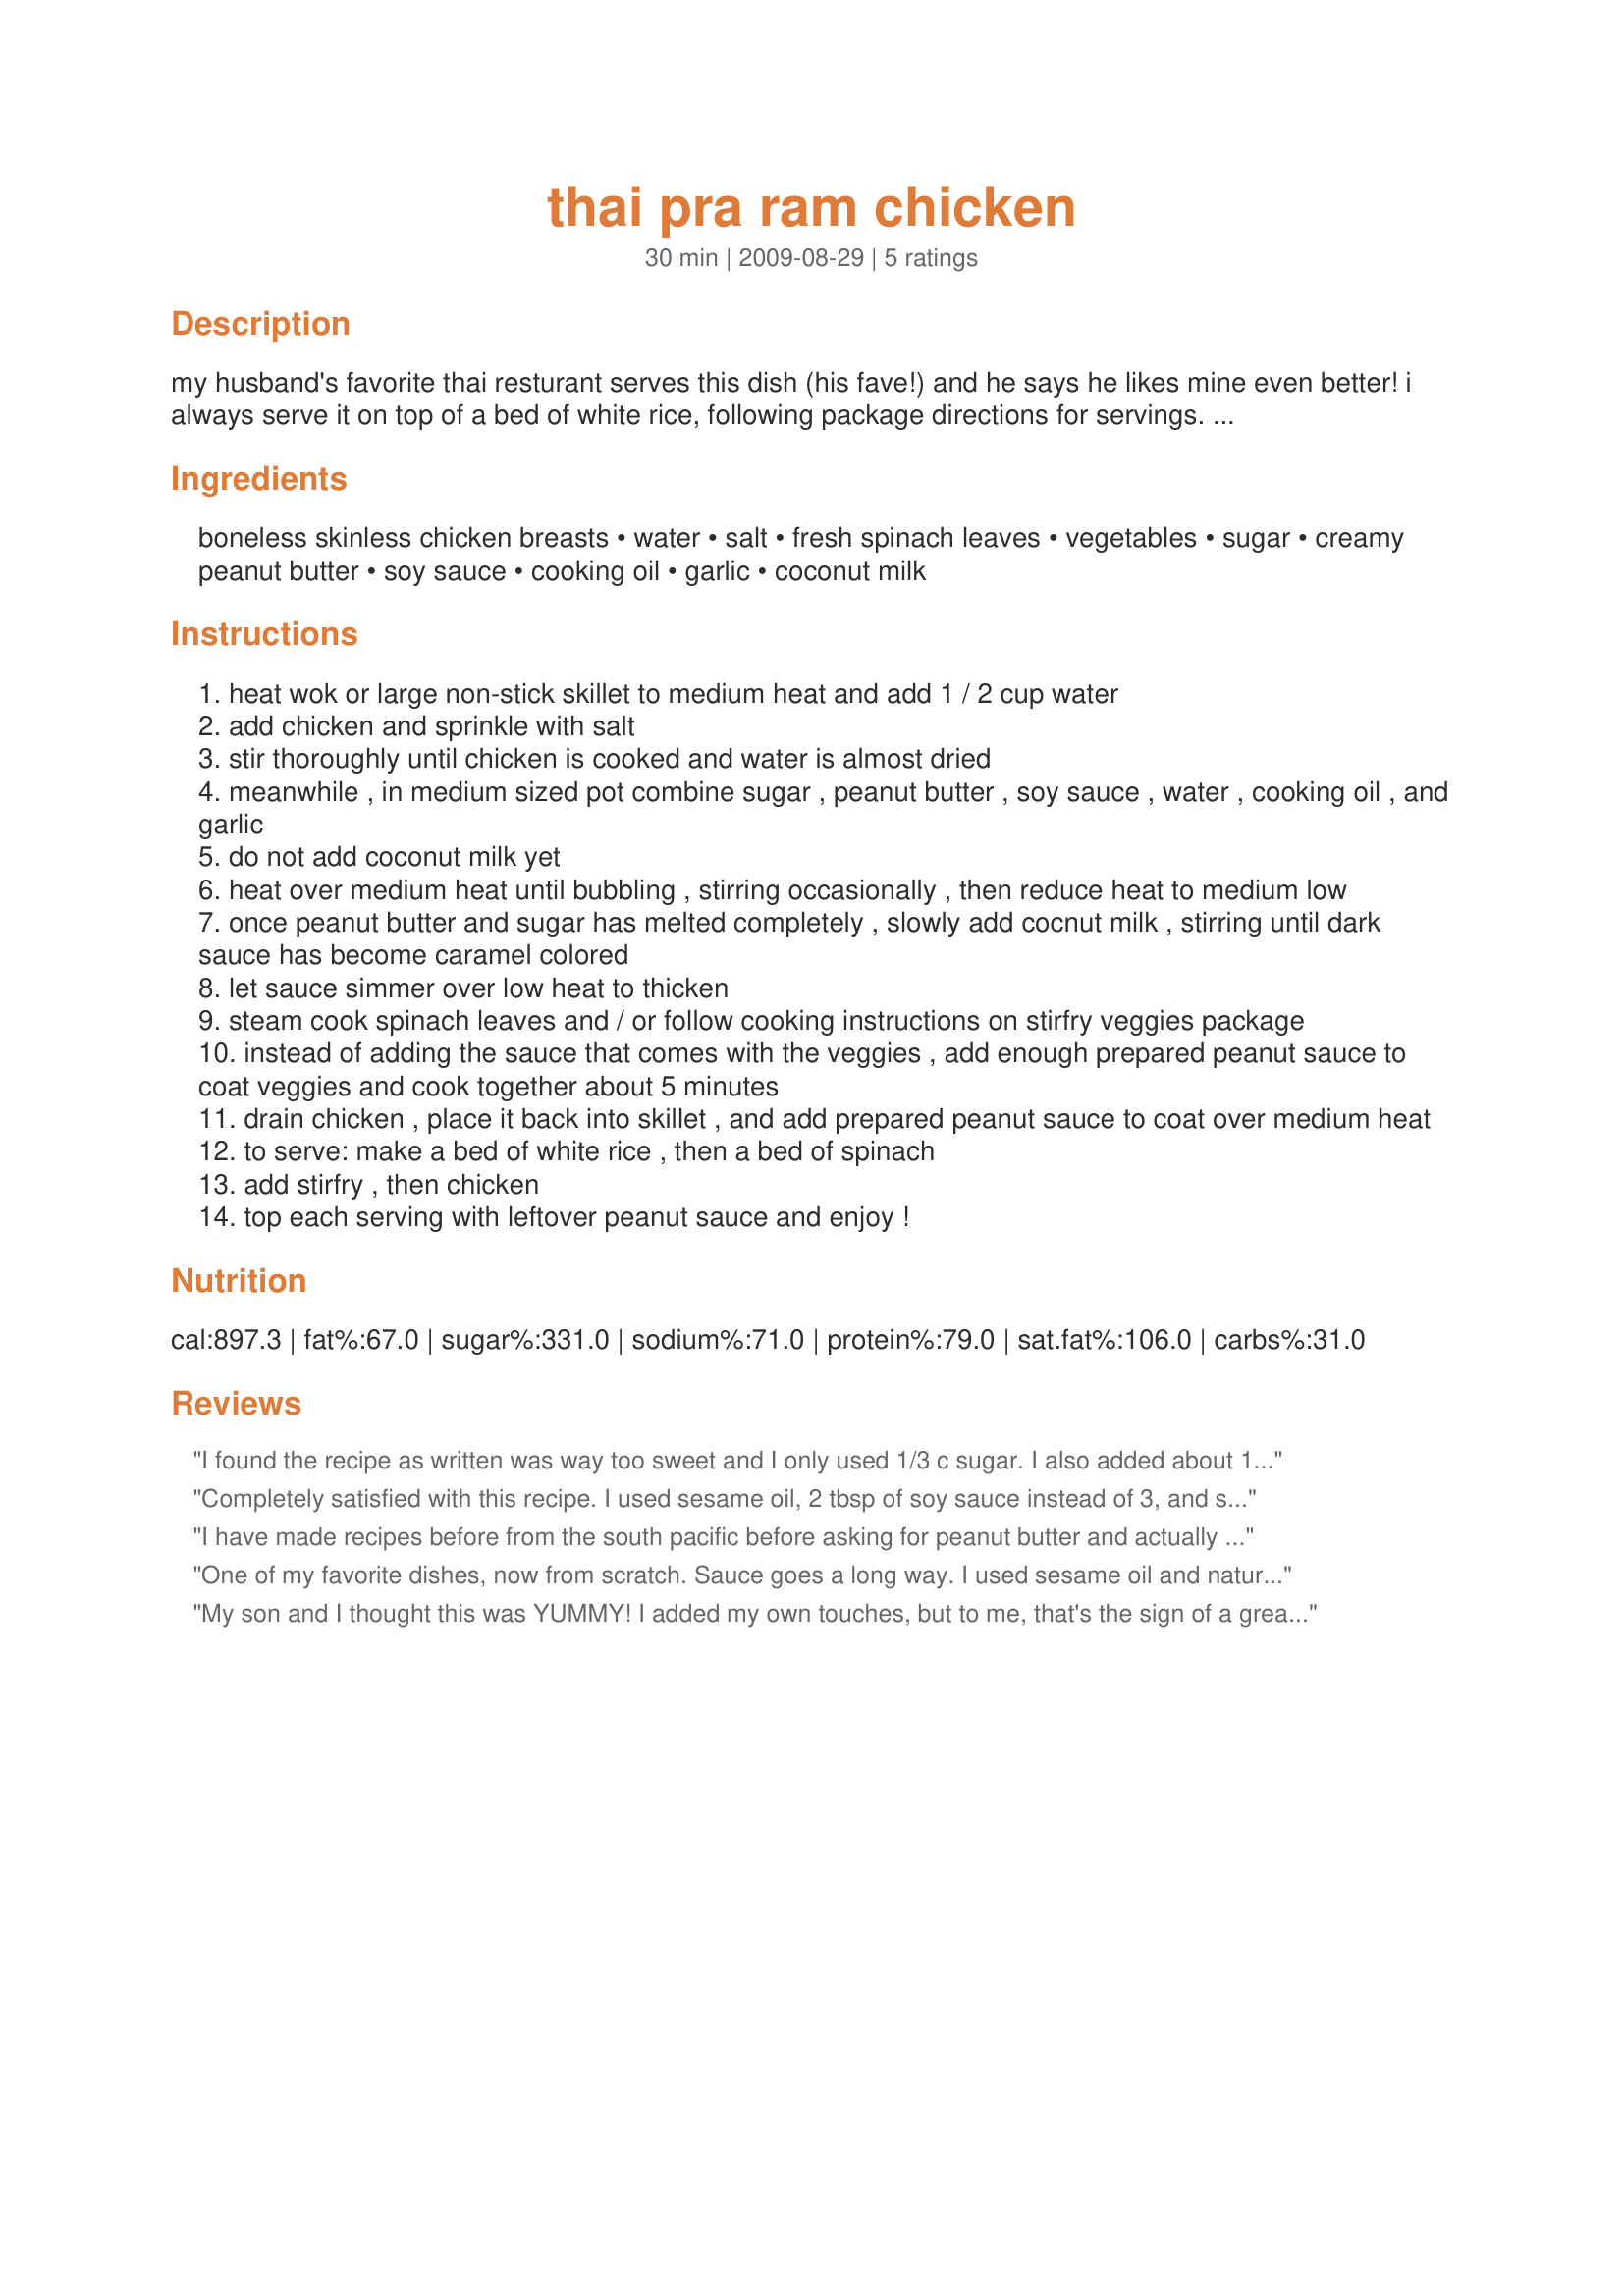
thai pra ram chicken
Preparation time: 30 minutes

my husband's favorite thai resturant serves this dish (his fave!) and he says he likes mine even better! i always serve it on top of a bed of white rice, following package directions for servings. even my 5 year old says "this one's a keeper!" also, the spinach can be substitued with a 2 lb. bag of stirfry veggies instead.

Ingredients:
boneless skinless chicken breasts, water, salt, fresh spinach leaves, vegetables, sugar, creamy peanut butter, soy sauce, cooking oil, garlic, coconut milk

Steps:
heat wok or large non-stick skillet to medium heat and add 1 / 2 cup water
add chicken and sprinkle with salt
stir thoroughly until chicken is cooked and water is almost dried
meanwhile , in medium sized pot combine sugar , peanut butter , soy sauce , water , cooking oil , and garlic
do not add coconut milk yet
heat over medium heat until bubbling , stirring occasionally , then reduce heat to medium low
once peanut butter and sugar has melted completely , slowly add cocnut milk , stirring until dark sauce has become caramel colored
let sauce simmer over low heat to thicken
steam cook spinach leaves and / or follow cooking instructions on stirfry veggies package
instead of adding the sauce that comes with the veggies , add enough prepared peanut sauce to coat veggies and cook together about 5 minutes
drain chicken , place it back into skillet , and add prepared peanut sauce to coat over medium heat
to serve: make a bed of white rice , then a bed of spinach
add stirfry , then chicken
top each serving with leftover peanut sauce and enjoy !

Reviews:
I found the recipe as written was way too sweet and I only used 1/3 c sugar. I also added about 1 tablespoon of sesame oil and that really brought out the peanut taste. I will make this again with less sugar and sesame oil.
Completely satisfied with this recipe. I used sesame oil, 2 tbsp of soy sauce instead of 3, and stir-fry veggies instead of white rice. have always loved Pra Ram chicken but could never find the right recipe for the peanut sauce. This recipe NAILED it. This is definitely on my weekly meal rotation. U can&#039;t wait to prepare this for my parents.
I have made recipes before from the south pacific before asking for peanut butter and actually have one of my own listed on recipezaar using pork and have never been dissappointed..My DH was impressed with this dish. I cooked the frozen stir fry veggies during last half cooking time with the chicken chunks and it worked out well for me..I liked alittle less sauce on mine, so I let everyone add the amounts they wanted as it can be over powering if you use too much..I like tasting the chicken and veggies..Very Good, but not as good reheated..Thank U for this recipe..Also looked very impressive on the serving platters...
One of my favorite dishes, now from scratch. Sauce goes a long way. I used sesame oil and natural creamy peanut butter. Love it.
My son and I thought this was YUMMY! I added my own touches, but to me, that's the sign of a great recipe...if it's such a good foundation that you can build on it and still have a fabulous outcome! :) This is that kind of recipe! 
I sauteed the chicken and veggies at the same time, using olive oil and a dash of sesame oil. I happened to have pre-cooked frozen chicken strips on hand, so I used them. I didn't have spinach or stir-fry veggies, so I used what I had: frozen peas/carrots, frozen broccoli florets, and cubed eggplant. I didn't use the water called for, b/c I figured the water from the frozen veggies would be enough, once it thawed, and I had no problems doing it that way. As I sauteed everything, I added curry powder, ginger powder, salt/pepper, granulated garlic, and sesame seeds (all to taste...I didn't measure anything).
To the peanut sauce (prior to the coconut milk step), I added approx. 4 teaspoons curry powder (maybe more? mine was mild, which is why I used so much...flavorful, not spicy), approx. 1 teaspoon ginger powder, and a small handful of chopped green onion.
I served the chicken/veggie saute over whole wheat linguini, ladled the peanut sauce on top, and garnished with chopped peanuts and green onions. 
ENJOY...we sure did!!!
